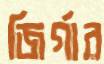
জির্গার